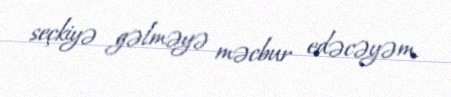
seçkiyə gəlməyə məcbur edəcəyəm.